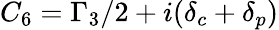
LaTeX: {C_{6}}={\Gamma_{3}}/2+i({\delta_{c}}+{\delta_{p}})